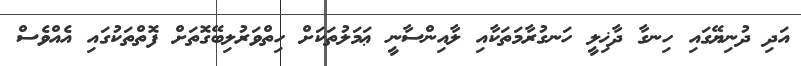
އަދި ދުނިޔޭގައި ހިނގާ ދާޚިލީ ހަނގުރާމަތަކާއި ލާއިންސާނީ ޢަމަލުތަކަށް ހިތްވަރުލިބޭގޮތަށް ފޮތްތަކުގައި އެއްވެސް